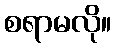
စရာမလို။